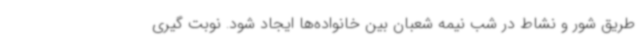
طریق شور و نشاط در شب نیمه شعبان بین خانواده‌ها ایجاد شود. نوبت گیری